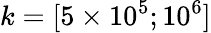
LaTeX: k=[5\times 10^{5};10^{6}]